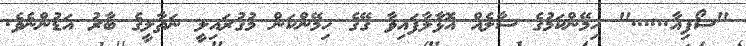
"ސޯފިއާ......" ހިމޭންކަމުގެ ސާލެއް އޮޅާލާފައިވާ ގޭގެ ހިމޭންކަން މުގުރައިލީ ނަތާލީގެ ބާރު އަޑުންނެވެ.